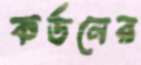
কর্ডনের